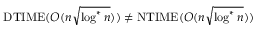
\mathrm { D T I M E } ( O ( n { \sqrt { \log ^ { * } n } } ) ) \neq \mathrm { N T I M E } ( O ( n { \sqrt { \log ^ { * } n } } ) )